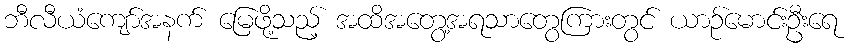
ဘီလီယံကျော်အနက် မြေဖို့သည့် အထိအတွေ့အရသာတွေကြားတွင် ယာဉ်မောင်းဦးရေ